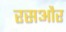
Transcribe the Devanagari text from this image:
रसऔर